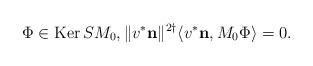
LaTeX: \begin{align*}\Phi\in\mathop{\mathrm{Ker}}S M_0,\|v^*\mathbf n\|^{2\dagger}\langle v^*\mathbf n,M_0\Phi\rangle =0.\end{align*}